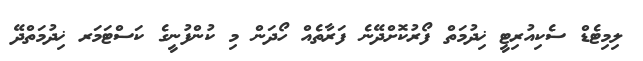
ލިމިޓެޑް ސެކިއުރިޓީ ޚިދުމަތް ފޯރުކޮށްދޭނެ ފަރާތެއް ހޯދަން މި ކުންފުނީގެ ކަސްޓަމަރ ޚިދުމަތްދޭ